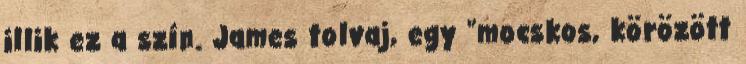
illik ez a szín. James tolvaj, egy "mocskos, körözött